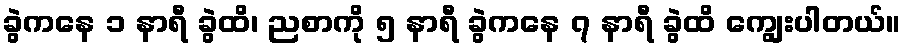
ခွဲကနေ ၁ နာရီ ခွဲထိ၊ ညစာကို ၅ နာရီ ခွဲကနေ ၇ နာရီ ခွဲထိ ကျွေးပါတယ်။